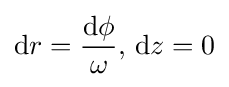
\mathrm {d} r={\frac {\mathrm {d} \phi }{\omega }},\,\mathrm {d} z=0